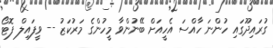
ގުރައިދޫގައި ހުންނަ ހާއްސަ އެހީއަށް ބޭނުންވާ މީހުންގެ މަރުކަޒު -- ވީފައިލް ފޮޓޯ